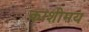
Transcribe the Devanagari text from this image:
काशीमय